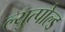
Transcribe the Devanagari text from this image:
ल्युत्पोल्ड